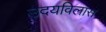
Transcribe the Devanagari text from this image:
उदयविलास